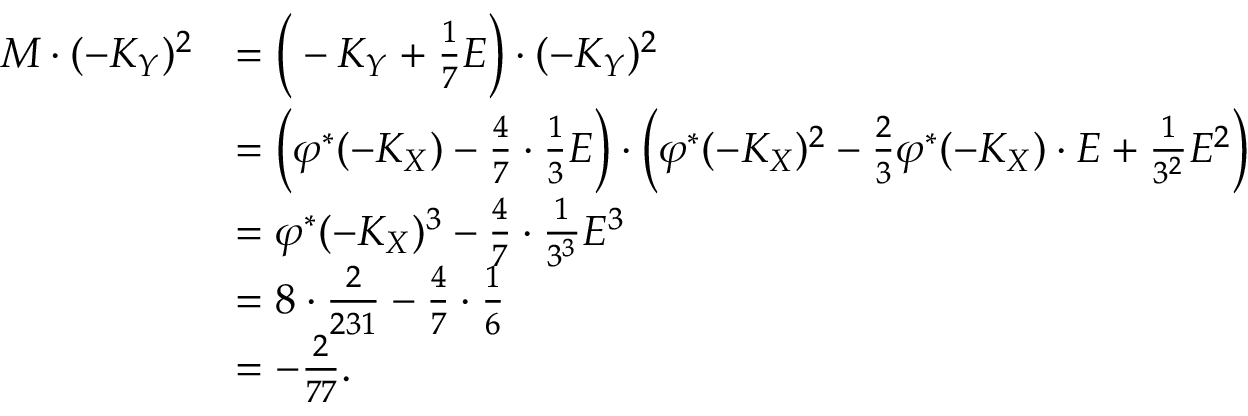
\begin{array} { r l } { M \cdot ( - K _ { Y } ) ^ { 2 } } & { = \bigg ( - K _ { Y } + \frac { 1 } { 7 } E \bigg ) \cdot ( - K _ { Y } ) ^ { 2 } } \\ & { = \bigg ( \varphi ^ { * } ( - K _ { X } ) - \frac { 4 } { 7 } \cdot \frac { 1 } { 3 } E \bigg ) \cdot \bigg ( \varphi ^ { * } ( - K _ { X } ) ^ { 2 } - \frac { 2 } { 3 } \varphi ^ { * } ( - K _ { X } ) \cdot E + \frac { 1 } { 3 ^ { 2 } } E ^ { 2 } \bigg ) } \\ & { = \varphi ^ { * } ( - K _ { X } ) ^ { 3 } - \frac { 4 } { 7 } \cdot \frac { 1 } { 3 ^ { 3 } } E ^ { 3 } } \\ & { = 8 \cdot \frac { 2 } { 2 3 1 } - \frac { 4 } { 7 } \cdot \frac { 1 } { 6 } } \\ & { = - \frac { 2 } { 7 7 } . } \end{array}